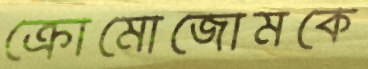
ক্রোমোজোমকে